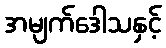
အမျက်ဒေါသနှင့်